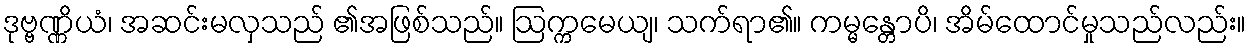
ဒုဗ္ဗဏ္ဏိယံ၊ အဆင်းမလှသည် ၏အဖြစ်သည်။ ဩက္ကမေယျ၊ သက်ရာ၏။ ကမ္မန္တောပိ၊ အိမ်ထောင်မှုသည်လည်း။